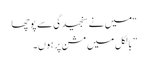
“میں نے سنجیدگی سے پوچھا
” بالکل میں مشن پر ہوں۔